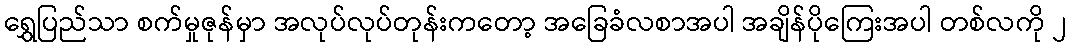
ရွှေပြည်သာ စက်မှုဇုန်မှာ အလုပ်လုပ်တုန်းကတော့ အခြေခံလစာအပါ အချိန်ပိုကြေးအပါ တစ်လကို ၂